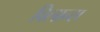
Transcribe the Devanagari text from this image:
विलान्स